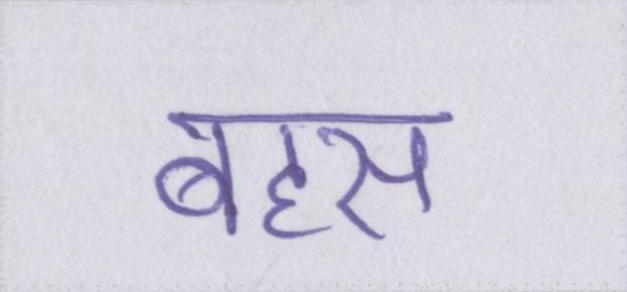
बहस